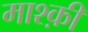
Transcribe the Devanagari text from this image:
माश्क़ी